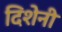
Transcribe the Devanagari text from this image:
दिशेनी